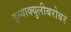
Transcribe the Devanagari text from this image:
इम्‍याक्‍युलीबरोबर